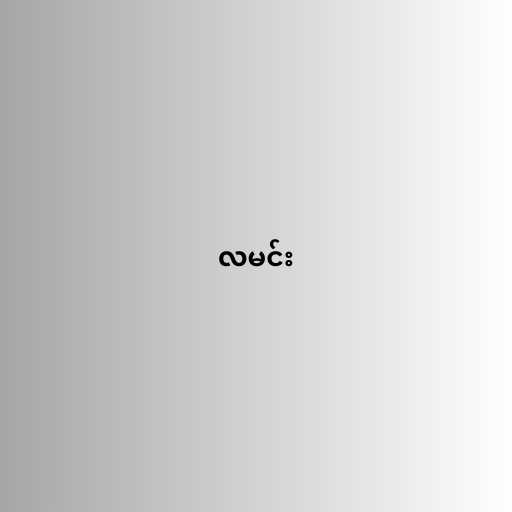
လမင်း